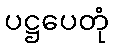
ပဋ္ဌပေတုံ